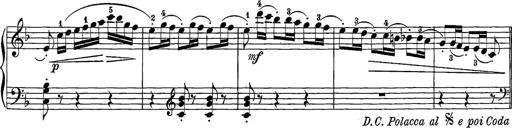
Title: 12 Sonatine per Pianoforte
Composer: Friedrich Kuhlau